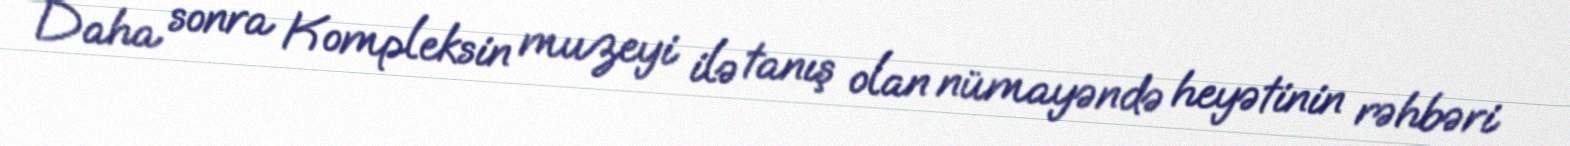
Daha sonra Kompleksin muzeyi ilə tanış olan nümayəndə heyətinin rəhbəri